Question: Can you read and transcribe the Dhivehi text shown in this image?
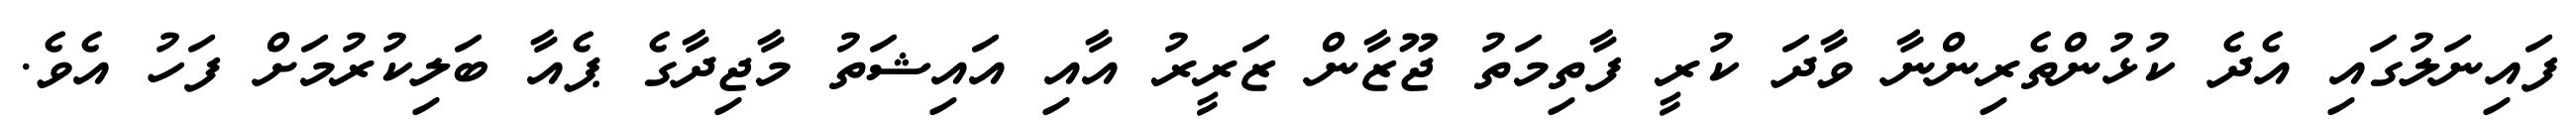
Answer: ފައިނަލުގައި އެދެ ކުޅުންތެރިންނާ ވާދަ ކުރީ ފާތިމަތު ޖޫޒާން ޒަރީރު އާއި އައިޝަތު މާޖިދާގެ ޕެއާ ބަލިކުރުމަށް ފަހު އެވެ.